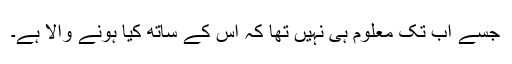
جسے اب تک معلوم ہی نہیں تھا کہ اس کے ساتھ کیا ہونے والا ہے۔